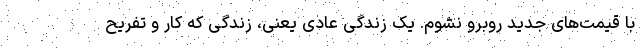
با قیمت‌های جدید روبرو نشوم. یک زندگی عادی یعنی، زندگی که کار و تفریح